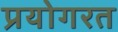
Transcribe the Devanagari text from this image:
प्रयोगरत